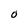
Character: 0